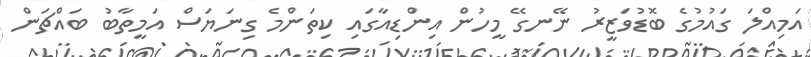
އަމިއްލަ ގައުމުގެ ބޮޑުވަޒީރު ނޭނގޭ މީހުން އިންޑިއާގައި ކިތަންމެ ގިނަޔަސް އަމީތާބު ބައްޗަން